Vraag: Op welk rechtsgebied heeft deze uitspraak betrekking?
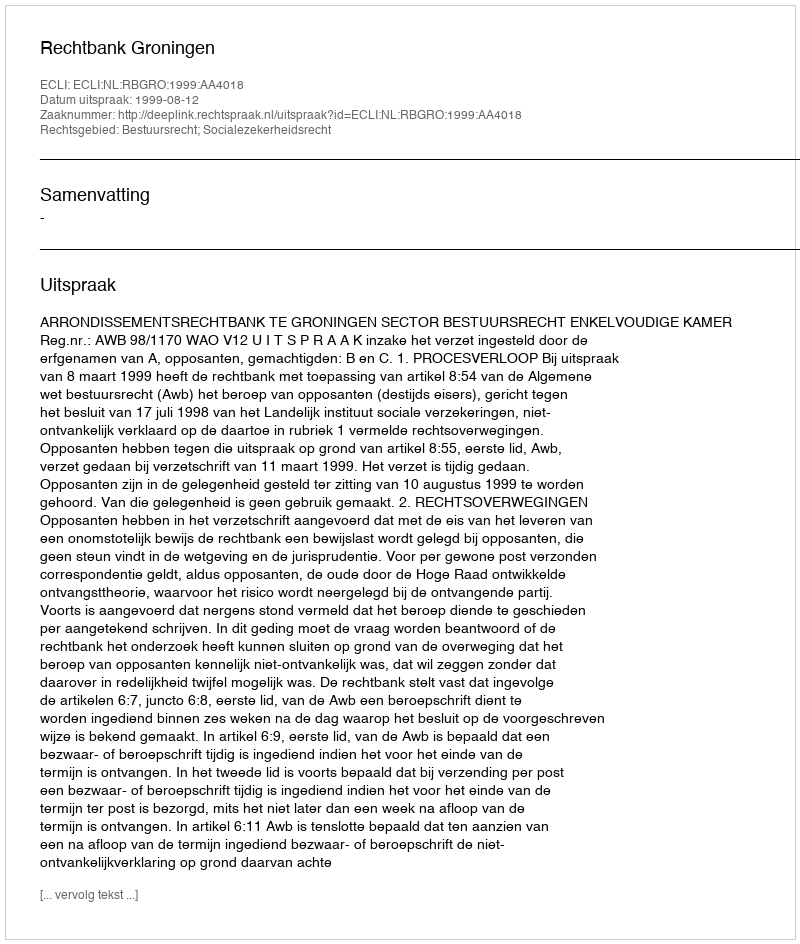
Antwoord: Bestuursrecht; Socialezekerheidsrecht